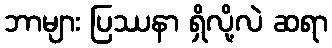
ဘာများ ပြဿနာ ရှိလို့လဲ ဆရာ